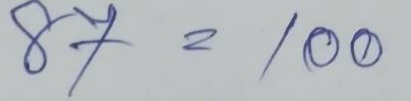
87 = 100